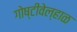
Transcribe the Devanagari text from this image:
गोष्टीवेल्हाळ